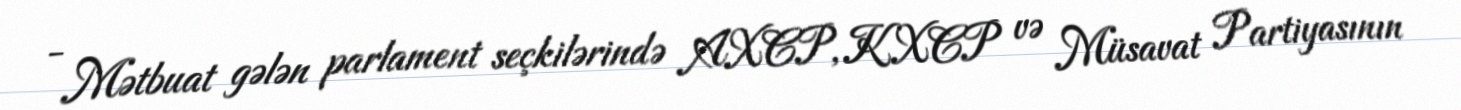
- Mətbuat gələn parlament seçkilərində AXCP, KXCP və Müsavat Partiyasının